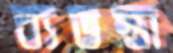
ব্যভস্তা